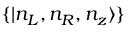
\{ | n _ { L } , n _ { R } , n _ { z } \rangle \}